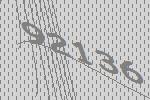
92136